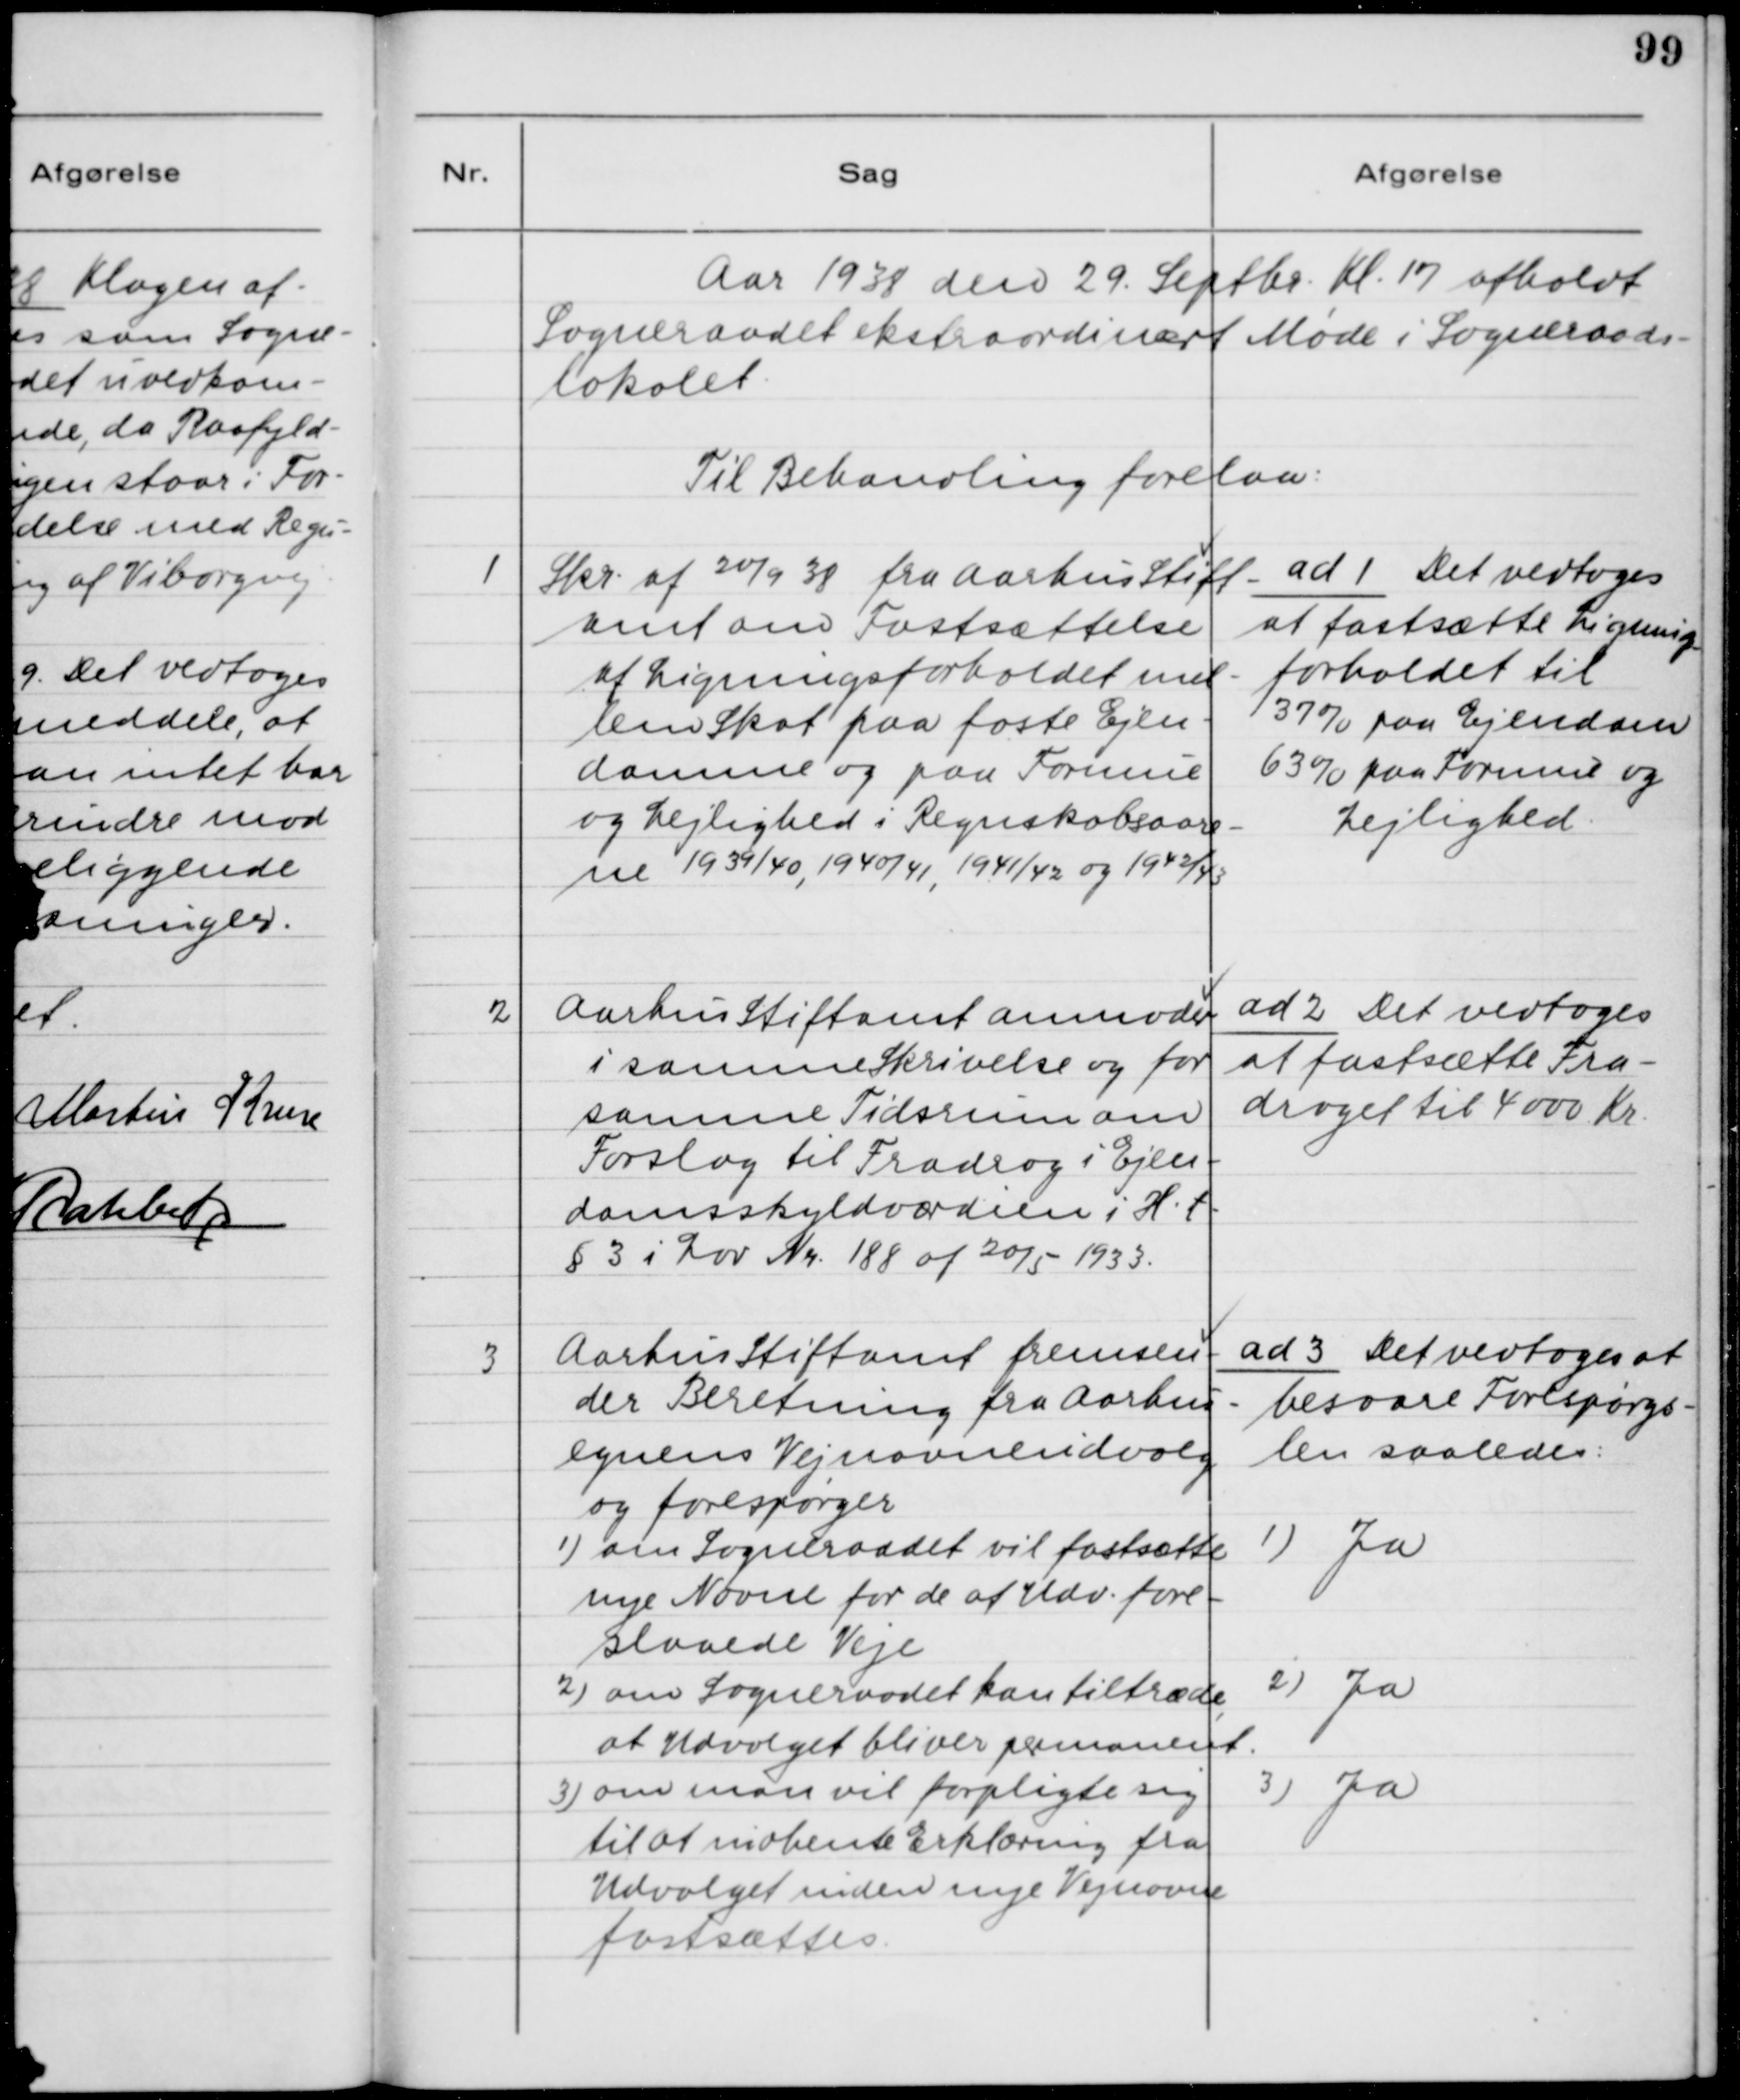
Transskription:
Aar 1938 den 29. Septbr. Kl. 17 afholdt
Sogneraadet ekstraordinært Møde i Sogneraads-
lokalet.
Til Behandling forelaa:

1. Skr. af 20/9 38 fra Aarhus Stift-
amt om Fastsættelse
af Ligningsforholdet mel-
lem Skat paa faste Ejen-
domme og paa Formue
og Lejlighed i Regnskabsaare-
ne 1939/40, 1940/41, 1941/42 og 1942/43.

ad 1. Det vedtoges
at fastsætte Lignings-
forholdet til
37 % paa Ejendom
63 % paa Formue og
Lejlighed.

2. Aarhus Stiftamt anmoder
i samme Skrivelse og for
samme Tidsrum om
Forslag til Fradrag i Ejen-
domsskyldværdien i H.t.
§ 3 i Lov Nr. 188 af 20/5 1933.

ad 2. Det vedtoges
at fastsætte Fra-
draget til 4000 Kr.

3. Aarhus Stiftamt fremsen-
der Beretning fra Aarhus-
egnens Vejnavneudvalg
og forespørger
1) om Sogneraadet vil fastsætte
nye Navne for de af Udv. fore-
slaaede Veje
2) om Sogneraadet kan tiltræde
at Udvalget bliver permanent
3) om man vil forpligte sig
til at indhente Erklæring fra
Udvalget inden nye Vejnavne
fastsættes.

ad 3. Det vedtoges at
besvare Forespørgs-
len saaledes:
1) Ja
2) Ja
3) Ja